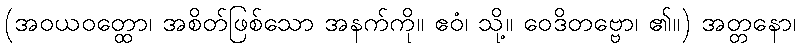
(အဝယဝတ္ထော၊ အစိတ်ဖြစ်သော အနက်ကို။ ဧဝံ၊ သို့။ ဝေဒိတဗ္ဗော၊ ၏။) အတ္တနော၊